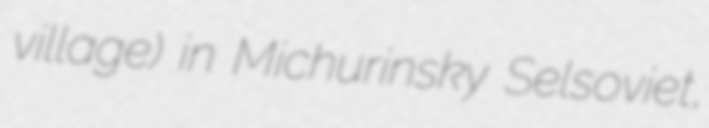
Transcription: village) in Michurinsky Selsoviet,